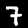
Label: 7